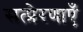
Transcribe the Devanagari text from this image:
सत्प्रेरणाएँ